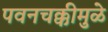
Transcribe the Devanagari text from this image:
पवनचक्कीमुळे